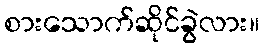
စားသောက်ဆိုင်ခွဲလား။